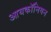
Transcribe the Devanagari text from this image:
आयकॉनियन